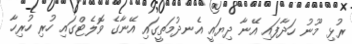
ރުޅި މޫނު ހަދާފައި އޭނާ ދިޔައީ އެނދުމަތީގައި އޭނާގެ ވޮލެޓްގައި ހުރި ހުރިހާ